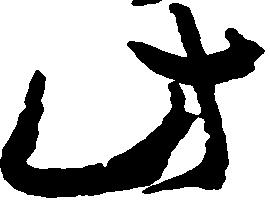
此